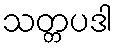
သတ္တပဒါ